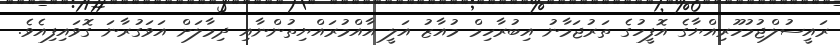
ރައީސުލްޖުމުހޫރިއްޔާގެ އޮފީހުގެ ތަރުޖަމާނު އިބުރާހިމް މުއާޒު އަލީ އާއްމުރައްޔިތުންނާއި ދިމާލަށް އަވަގުރާނަ ގޮވައިފިއެވެ.